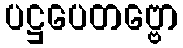
ပဋ္ဌပေတဗ္ဗော